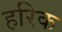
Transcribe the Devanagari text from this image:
हरिक